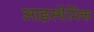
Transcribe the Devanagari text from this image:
आइस्थेमिक